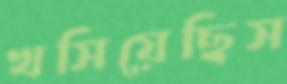
খসিয়েছিস